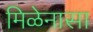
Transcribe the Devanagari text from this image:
मिळेनासा